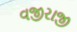
વજીરાજી